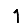
Digit: 1